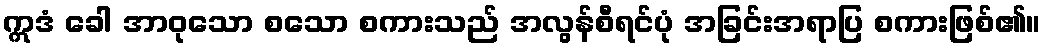
ဣဒံ ခေါ အာဝုသော စသော စကားသည် အလွန်စီရင်ပုံ အခြင်းအရာပြ စကားဖြစ်၏။